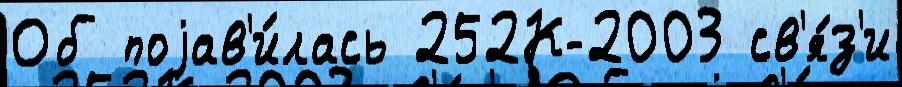
Об поjав'и́лась 252К-2003 св'я́з'и